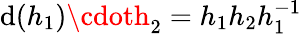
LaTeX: \mathrm{d}(h_{1})\cdoth_{2}=h_{1}h_{2}h_{1}^{-1}